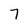
Character: 7